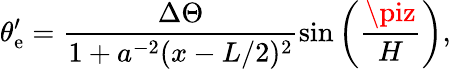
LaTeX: \theta_{\mathrm{e}}^{\prime}=\frac{{\Delta\Theta}}{{1+a^{-2}(x-L/2)^{2}}}\sin\left(\frac{{\piz}}{{H}}\right),